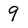
Character: 9